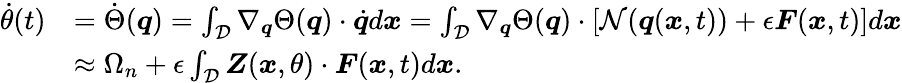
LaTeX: \begin{array}{rl}{\dot{\theta}(t)}&{=\dot{\Theta}(\boldsymbol{q})=\int_{\mathcal{D}}\nabla_{\boldsymbol{q}}\Theta(\boldsymbol{q})\cdot\dot{\boldsymbol{q}}d\boldsymbol{x}=\int_{\mathcal{D}}\nabla_{\boldsymbol{q}}\Theta(\boldsymbol{q})\cdot\left[\mathcal{N}(\boldsymbol{q}(\boldsymbol{x},t))+\epsilon\boldsymbol{F}(\boldsymbol{x},t)\right]d\boldsymbol{x}}\\ &{\approx\Omega_{n}+\epsilon\int_{\mathcal{D}}\boldsymbol{Z}(\boldsymbol{x},\theta)\cdot\boldsymbol{F}(\boldsymbol{x},t)d\boldsymbol{x}.}\end{array}